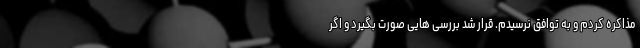
مذاکره کردم و به توافق نرسیدم. قرار شد بررسی هایی صورت بگیرد و اگر